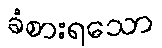
ခံစားရသော